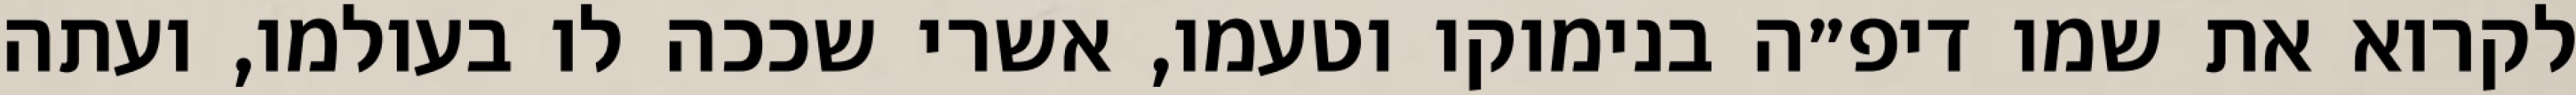
לקרוא את שמו דיפ״ה בנימוקו וטעמו, אשרי שככה לו בעולמו, ועתה